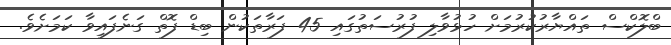
ބްލޮކްސް ތައްޔާރުކުރުމަށް ހުޅުވާލި ފުރުސަތުގައި 45 ފަރާތަކުން ބިޑް ފޮތް ގަނެފައިވާ ކަމަށެވެ.